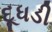
દૂધડી